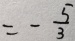
= - \frac { 5 } { 3 }